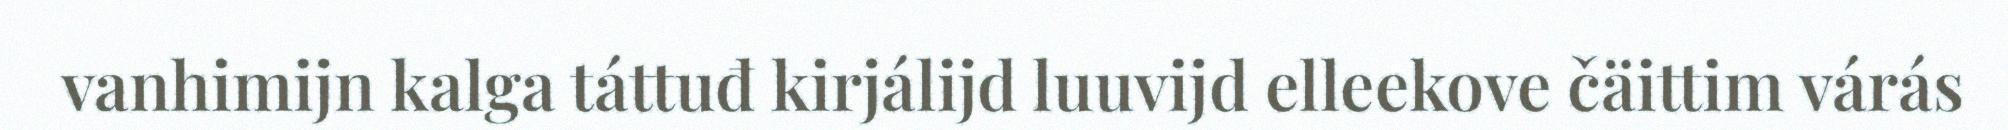
vanhimijn kalga táttuđ kirjálijd luuvijd elleekove čäittim várás